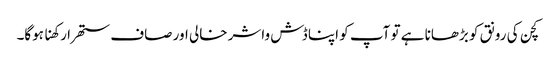
کچن کی رونق کو بڑھانا ہے تو آپ کو اپنا ڈش واشر خالی اور صاف ستھرا رکھنا ہوگا۔